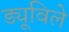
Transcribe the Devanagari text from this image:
ड्यूविले